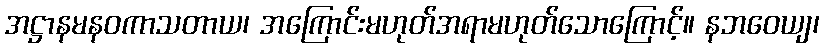
အဋ္ဌာနမနဝကာသတာယ၊ အကြောင်းမဟုတ်အရာမဟုတ်သောကြောင့်။ နဘဝေယျ၊